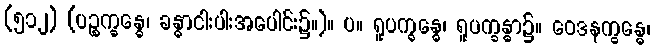
(၅၁၂) (ပဉ္စက္ခန္ဓေ၊ ခန္ဓာငါးပါးအပေါင်း၌။)။ ပ။ ရူပက္ခန္ဓေ၊ ရူပက္ခန္ဓာ၌။ ဝေဒနက္ခန္ဓေ၊